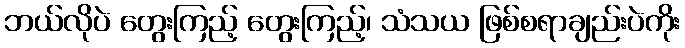
ဘယ်လိုပဲ တွေးကြည့် တွေးကြည့်၊ သံသယ ဖြစ်စရာချည်းပဲကိုး